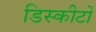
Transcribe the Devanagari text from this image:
डिस्कीटों